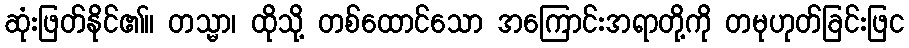
ဆုံးဖြတ်နိုင်၏။ တသ္မာ၊ ထိုသို့ တစ်ထောင်သော အကြောင်းအရာတို့ကို တမုဟုတ်ခြင်းဖြင